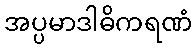
အပ္ပမာဒါဓိကရဏံ